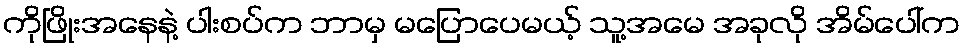
ကိုဖြိုးအနေနဲ့ ပါးစပ်က ဘာမှ မပြောပေမယ့် သူ့အမေ အခုလို အိမ်ပေါ်က